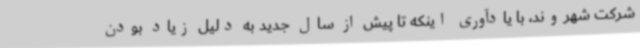
شرکت شهروند، با یادآوری اینکه تا پیش از سال جدید به دلیل زیاد بودن